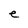
Character: e